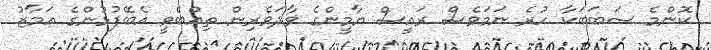
ކޮންމެ ސަބަބަކާ ހުރެ ނަމަވެސް ރައީސް ޔާމީންގެ ވާދަވެރިން ތިއްބެވީ އެބޭފުޅުންގެ އަމާޒު